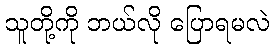
သူတို့ကို ဘယ်လို ပြောရမလဲ